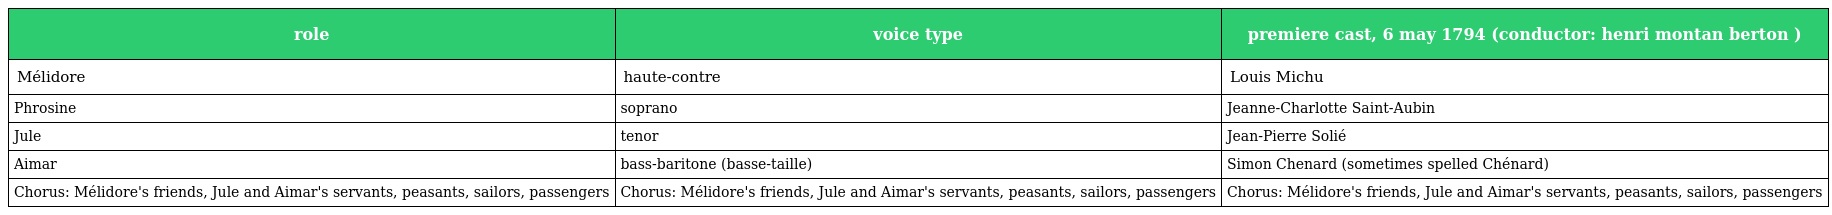
| role | voice type | premiere cast, 6 may 1794 (conductor: henri montan berton ) |
 | --- | --- | --- |
 | Mélidore | haute-contre | Louis Michu |
 | Phrosine | soprano | Jeanne-Charlotte Saint-Aubin |
 | Jule | tenor | Jean-Pierre Solié |
 | Aimar | bass-baritone (basse-taille) | Simon Chenard (sometimes spelled Chénard) |
 | Chorus: Mélidore's friends, Jule and Aimar's servants, peasants, sailors, passengers | Chorus: Mélidore's friends, Jule and Aimar's servants, peasants, sailors, passengers | Chorus: Mélidore's friends, Jule and Aimar's servants, peasants, sailors, passengers |